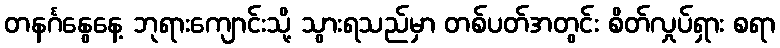
တနင်္ဂနွေနေ့ ဘုရားကျောင်းသို့ သွားရသည်မှာ တစ်ပတ်အတွင်း စိတ်လှုပ်ရှား စရာ